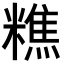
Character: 𥼚